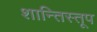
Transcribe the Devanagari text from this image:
शान्तिस्‍तूप